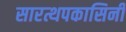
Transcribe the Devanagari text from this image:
सारत्थपकासिनी